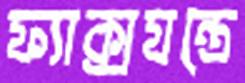
ফ্যাক্সযন্ত্রে